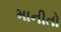
માનીતો